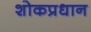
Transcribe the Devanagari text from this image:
शोकप्रधान